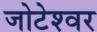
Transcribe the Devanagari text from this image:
जोटेश्‍वर